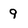
Character: 9